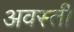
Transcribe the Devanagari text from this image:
अवस्ती